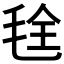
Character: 𮳁